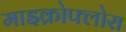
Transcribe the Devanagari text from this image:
माइक्रोफ्लोरा